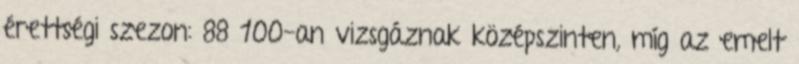
érettségi szezon: 88 100-an vizsgáznak középszinten, míg az emelt